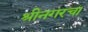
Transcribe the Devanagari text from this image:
श्रीनगरचा